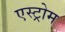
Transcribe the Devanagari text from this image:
एस्ट्रोम